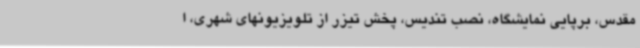
مقدس، برپایی نمایشگاه، نصب تندیس، پخش تیزر از تلویزیونهای شهری، ا